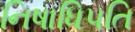
નિષાધિપતિ